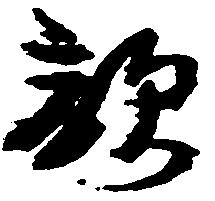
親